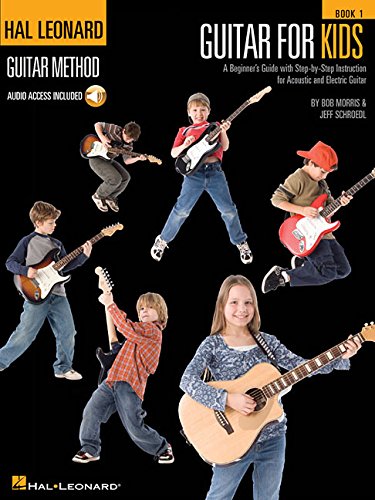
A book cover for Guitar for Kids for Ages 5-9 (Hal Leonard Guitar Method (Songbooks)); Jeff Schroedl; Arts & Photography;